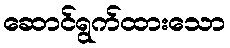
ဆောင်ရွက်ထားသော